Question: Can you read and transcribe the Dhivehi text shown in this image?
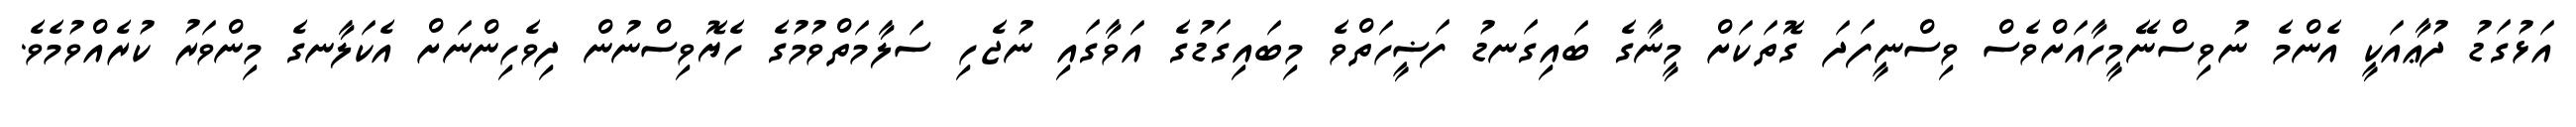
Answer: އަޅުގަޑު ދުޢާއަކީ އެންމެ ނުވިސްނޭމީހާއަށްވެސް ވިސްނީފަދަ ގޮތަކަށް މީނާގެ ބައިގަނޑު ފަޟީހަތްވެ މިބައިގަޑުގެ އަވާގައި ނުޖެހި ސަލާމަތްވުމުގެ ހެޔޮވިސްނުން ދިވެހިންނަށް އެކަލާނގެ މިންވަރު ކުރެއްވުމެވެ.